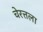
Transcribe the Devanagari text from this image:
चेरत्तला